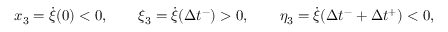
x _ { 3 } = \dot { \xi } ( 0 ) < 0 , \qquad \xi _ { 3 } = \dot { \xi } ( \Delta { t } ^ { - } ) > 0 , \qquad \eta _ { 3 } = \dot { \xi } ( \Delta { t } ^ { - } + \Delta { t } ^ { + } ) < 0 ,